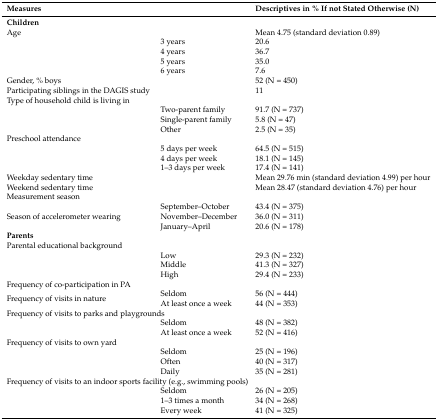
<table><thead><tr><td><b>Measures</b></td><td></td><td><b>Descriptives in % If not Stated Otherwise (N)</b></td></tr></thead><tbody><tr><td><b>Children</b></td><td></td><td></td></tr><tr><td colspan="2">Age</td><td>Mean 4.75 (standard deviation 0.89)</td></tr><tr><td></td><td>3 years</td><td>20.6</td></tr><tr><td></td><td>4 years</td><td>36.7</td></tr><tr><td></td><td>5 years</td><td>35.0</td></tr><tr><td></td><td>6 years</td><td>7.6</td></tr><tr><td>Gender, % boys</td><td></td><td>52 (N = 450)</td></tr><tr><td>Participating siblings in the DAGIS study</td><td></td><td>11</td></tr><tr><td colspan="3">Type of household child is living in</td></tr><tr><td></td><td>Two-parent family</td><td>91.7 (N = 737)</td></tr><tr><td></td><td>Single-parent family</td><td>5.8 (N = 47)</td></tr><tr><td></td><td>Other</td><td>2.5 (N = 35)</td></tr><tr><td colspan="3">Preschool attendance</td></tr><tr><td></td><td>5 days per week</td><td>64.5 (N = 515)</td></tr><tr><td></td><td>4 days per week</td><td>18.1 (N = 145)</td></tr><tr><td></td><td>1–3 days per week</td><td>17.4 (N = 141)</td></tr><tr><td>Weekday sedentary time</td><td></td><td>Mean 29.76 min (standard deviation 4.99) per hour</td></tr><tr><td>Weekend sedentary time</td><td></td><td>Mean 28.47 (standard deviation 4.76) per hour</td></tr><tr><td colspan="3">Measurement season</td></tr><tr><td rowspan="3">Season of accelerometer wearing</td><td>September–October</td><td>43.4 (N = 375)</td></tr><tr><td>November–December</td><td>36.0 (N = 311)</td></tr><tr><td>January–April</td><td>20.6 (N = 178)</td></tr><tr><td><b>Parents</b></td><td></td><td></td></tr><tr><td colspan="3">Parental educational background</td></tr><tr><td rowspan="3"></td><td>Low</td><td>29.3 (N = 232)</td></tr><tr><td>Middle</td><td>41.3 (N = 327)</td></tr><tr><td>High</td><td>29.4 (N = 233)</td></tr><tr><td colspan="3">Frequency of co-participation in PA</td></tr><tr><td rowspan="2">Frequency of visits in nature</td><td>Seldom</td><td>56 (N = 444)</td></tr><tr><td>At least once a week</td><td>44 (N = 353)</td></tr><tr><td colspan="3">Frequency of visits to parks and playgrounds</td></tr><tr><td rowspan="2"></td><td>Seldom</td><td>48 (N = 382)</td></tr><tr><td>At least once a week</td><td>52 (N = 416)</td></tr><tr><td colspan="3">Frequency of visits to own yard</td></tr><tr><td rowspan="3"></td><td>Seldom</td><td>25 (N = 196)</td></tr><tr><td>Often</td><td>40 (N = 317)</td></tr><tr><td>Daily</td><td>35 (N = 281)</td></tr><tr><td colspan="3">Frequency of visits to an indoor sports facility (e.g., swimming pools)</td></tr><tr><td rowspan="3"></td><td>Seldom</td><td>26 (N = 205)</td></tr><tr><td>1–3 times a month</td><td>34 (N = 268)</td></tr><tr><td>Every week</td><td>41 (N = 325)</td></tr></tbody></table>